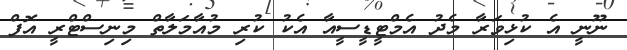
ނޫނީ އެ ކުޅިވަރާ މެދު އެމްޓީޑީސީއާ އެކު ކުރި މުއާމަލާތް މިނިސްޓްރީ އޮފް